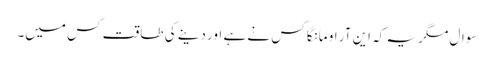
سوال مگر یہ کہ این آر او مانگا کس نے ہے اور دینے کی طاقت کس میں۔